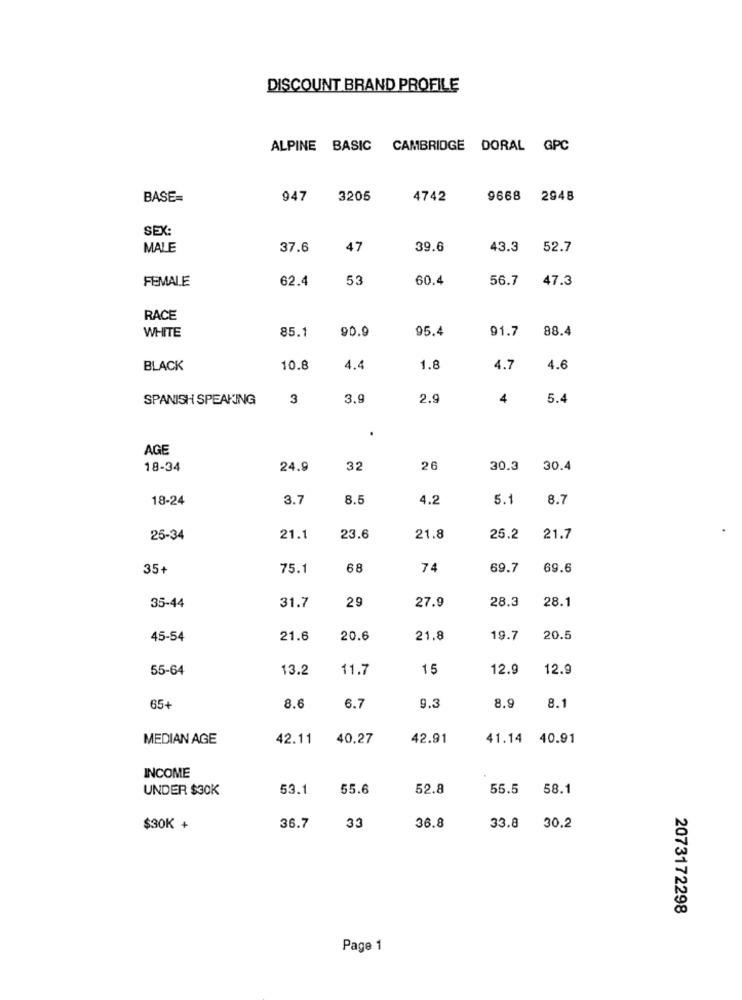
DISCOUNT BRAND PROFILE
ALPINE BASIC CAMBRIDGE DORAL GPC
BASE-
947
3205
4742
9668 2948
SEX:
MALE
37.6
47
39.6
43.3
52.7
FEMALE
62.4
53
60.4
56.7
47.3
RACE
WHITE
85.1
90.9
95.4
91.7
88.4
BLACK
10.8
4.4
1.8
4.7
4.6
SPANISH SPEAKING
3
3.9
2.9
4
5.4
AGE
18-34
24.9
32
26
30.3
30.4
18-24
3.7
8.8
4.2
5.1
8.7
25-34
21.1
23.6
21.8
25.2
21.7
35+
75.1
68
74
69.7
69.6
35-44
31.7
29
27.9
28.3
28.1
45-54
21.6
20.6
21.8
19.7
20.5
55-64
13.2
11.7
15
12.9
12.9
65+
8.6
6.7
9.3
8.9
8.1
MEDIAN AGE
42.11
40.27
42.91
41.14
40.91
INCOME
UNDER $30K
53.1
55.6
52.8
55.5
58.1
36.7
33
$30K +
36.8
33.8
30.2
2073172298
Page 1